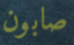
صابون